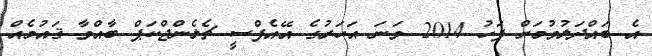
އެ ބައްދަލުވުމަށް ފަހު 2014 ވަނަ އަހަރުގެ އޭއެފްސީ ޗެލެންޖްކަޕް ބާއްވާ ޤައުމެއް